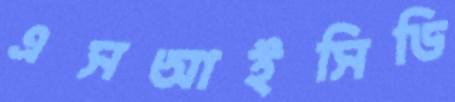
এসআইসিডি